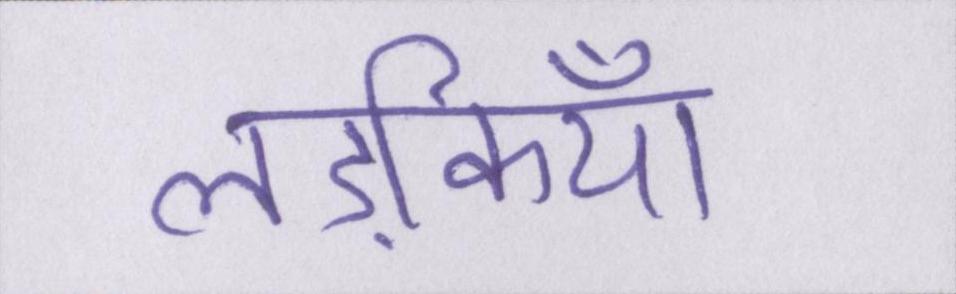
लड़कियाँ